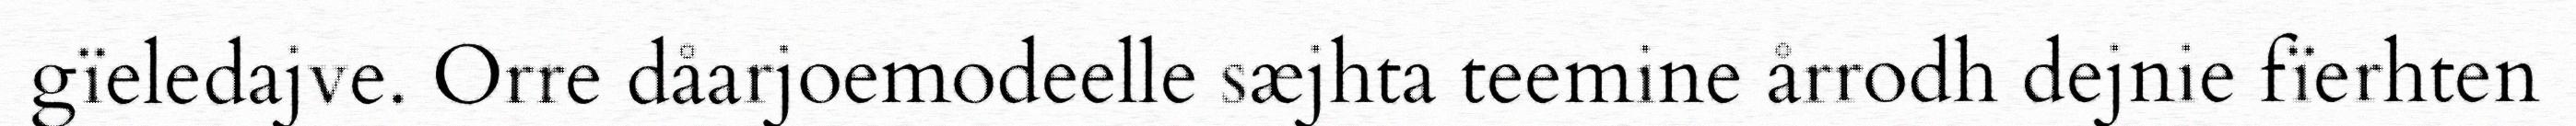
gïeledajve. Orre dåarjoemodeelle sæjhta teemine årrodh dejnie fïerhten